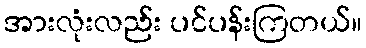
အားလုံးလည်း ပင်ပန်းကြတယ်။